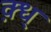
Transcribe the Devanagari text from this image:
क़्ध्